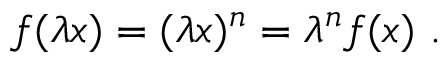
f ( \lambda x ) = ( \lambda x ) ^ { n } = \lambda ^ { n } f ( x ) ~ .